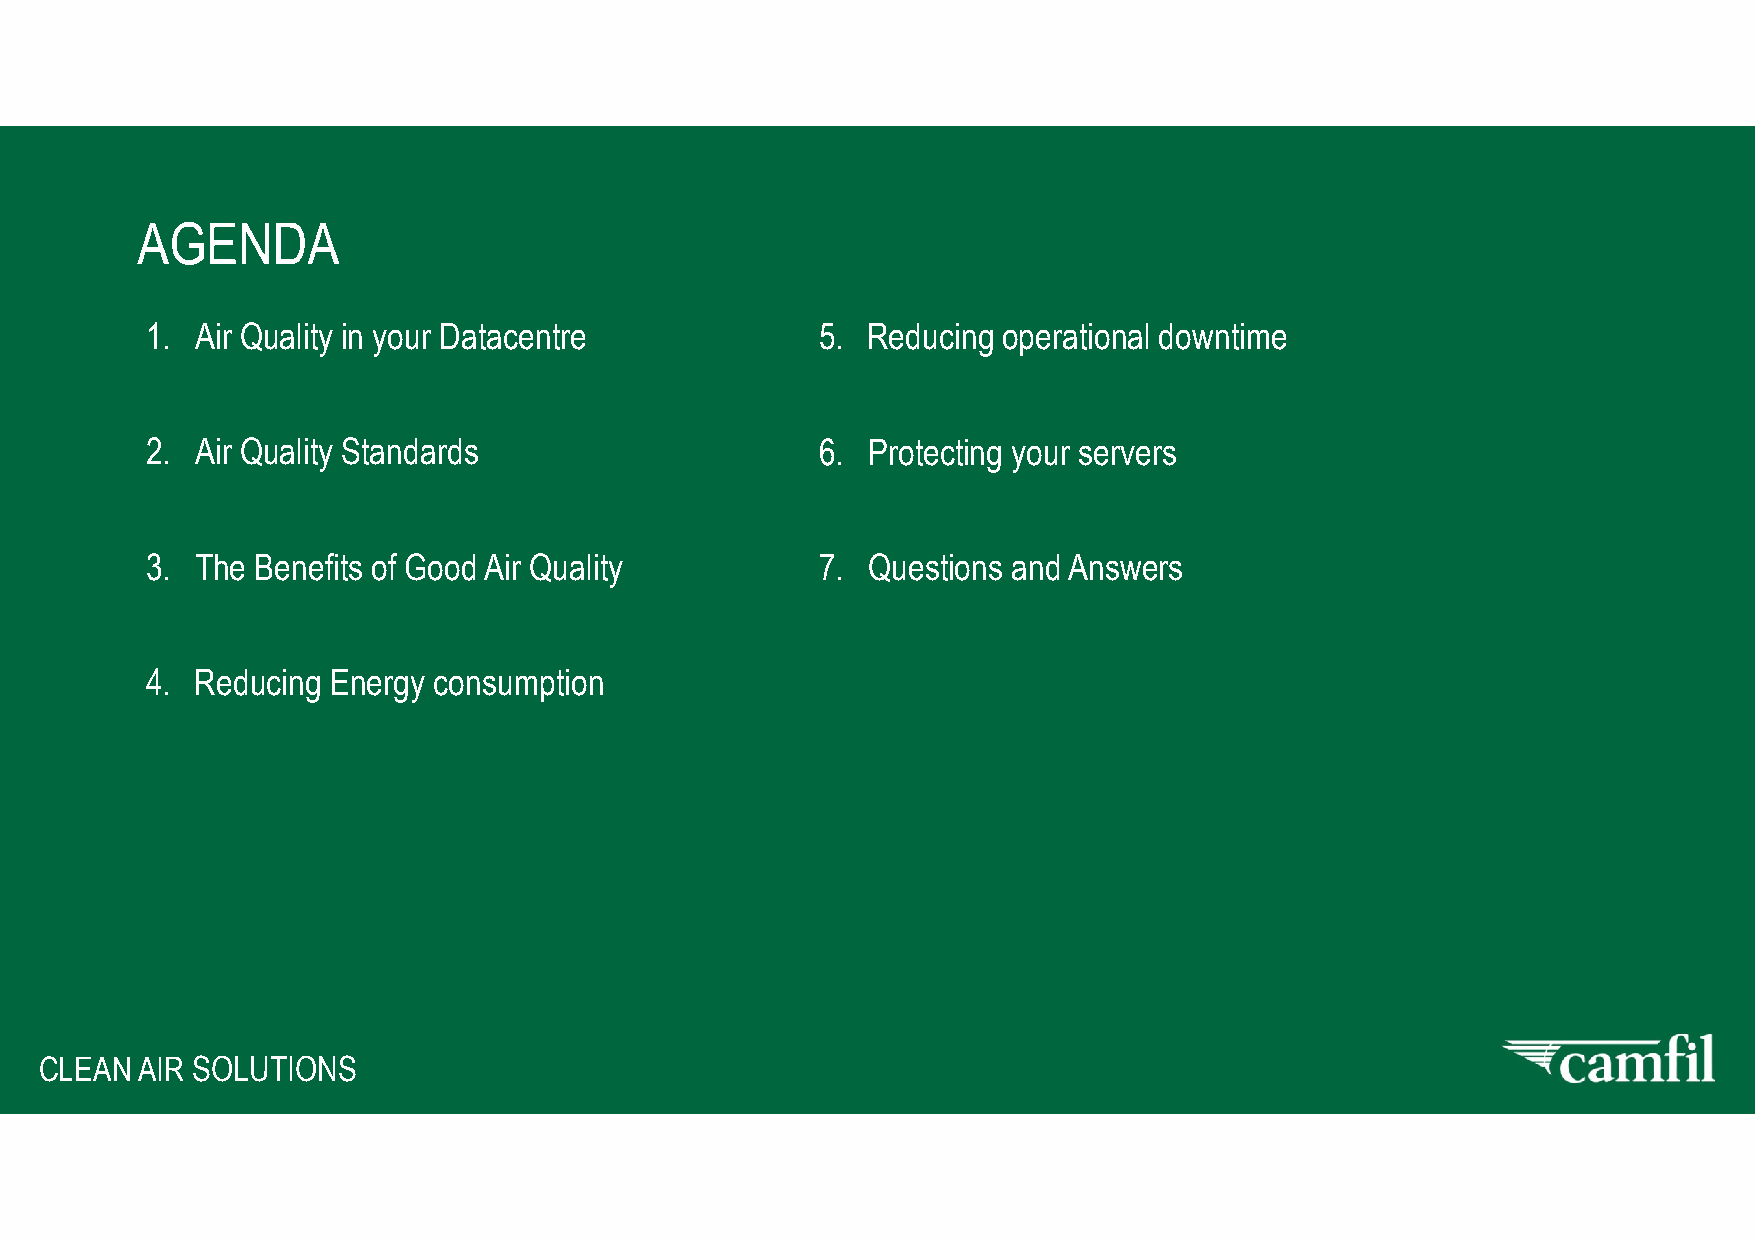
AGENDA
 1. Air Quality in your Datacentre           5. Reducing operational downtime
 2. Air Quality Standards                    6. Protecting your servers
 3. The Benefits of Good Air Quality         7. Questions and Answers
 4. Reducing Energy consumption
 CCLLEEAANN AAIIRR SSOOLLUUTTIIOONNSS